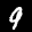
Label: 9